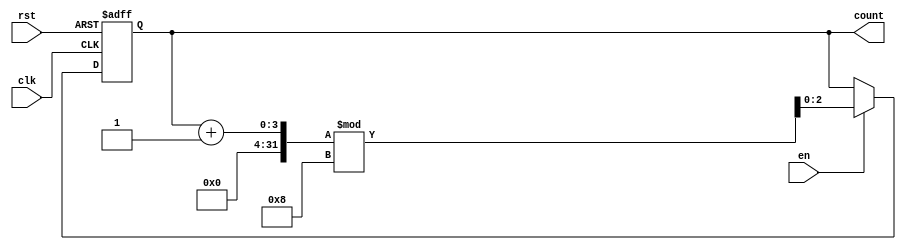
module WindowedCounter #(
    parameter WINDOW_SIZE = 8 // Define the window size (max count value)
)(
    input wire clk,           // Clock signal
    input wire rst,           // Asynchronous reset signal
    input wire en,            // Enable signal
    output reg [$clog2(WINDOW_SIZE)-1:0] count // Count output
);

// Asynchronous reset functionality
always @(posedge clk or posedge rst) begin
    if (rst) begin
        count <= 0; // Reset the counter to zero
    end else if (en) begin
        // Increment the counter and wrap around if it reaches the window size
        count <= (count + 1) % WINDOW_SIZE; 
    end
end

endmodule